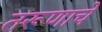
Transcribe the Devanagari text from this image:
तरूणाचे